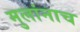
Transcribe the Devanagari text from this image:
मुलांनाच